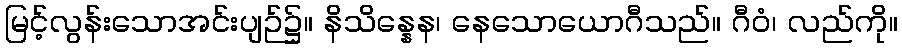
မြင့်လွန်းသောအင်းပျဉ်၌။ နိသိန္နေန၊ နေသောယောဂီသည်။ ဂီဝံ၊ လည်ကို။